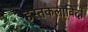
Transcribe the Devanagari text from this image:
हस्तकलाविदों